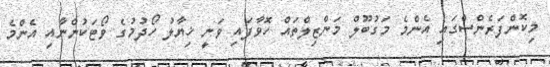
މިކޮންފަރެންސްގައި އެންމެ މަގުބޫލް މަންޒިލްތައް ހޮވާފައި ވަނީ ޚިޔާލު ހޯދުމުގެ ވޯޓަކުންނާއި އެންމެ